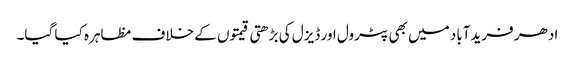
ادھر فریدآباد میں بھی پٹرول اور ڈیزل کی بڑھتی قیمتوں کے خلاف مظاہرہ کیا گیا۔